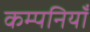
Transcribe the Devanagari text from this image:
कम्पनियॉं